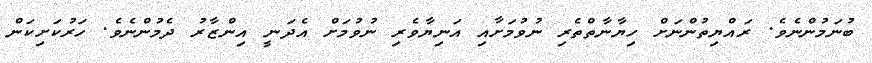
ބުނަމުންނެވެ. ރައްޔިތުންނަށް ހިޔާނާތްތެރި ނުވުމަށާއި އަނިޔާވެރި ނުވުމަށް އެދަނީ އިންޒާރު ދެމުންނެވެ. ހަރުކަށިކަން